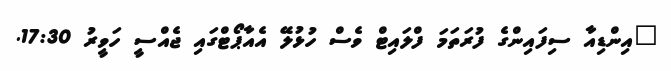
"އިންޑިއާ ސިފައިންގެ ފުރަތަމަ ފްލައިޓް ވެސް ހުޅުލޭ އެއާޕޯޓްގައި ޖެއްސީ ހަވީރު 17:30.